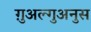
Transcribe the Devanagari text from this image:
ग़ुअल्गुअनुस